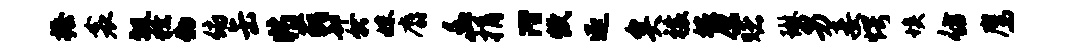
握衾瓢獠物俯缶特藐却就妹麝幽捐潜炊逐矣禳嫁原赌琳男妾愕埃仿鹰